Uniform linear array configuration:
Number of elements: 16
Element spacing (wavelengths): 0.25
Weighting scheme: binomial
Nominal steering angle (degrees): -15
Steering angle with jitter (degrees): -13.891
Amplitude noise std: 0.05
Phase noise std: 0.05

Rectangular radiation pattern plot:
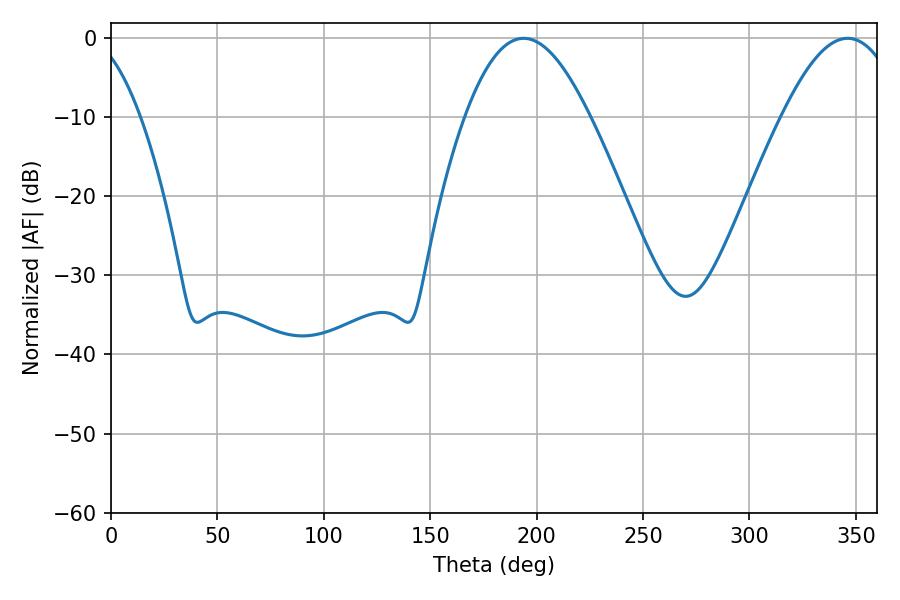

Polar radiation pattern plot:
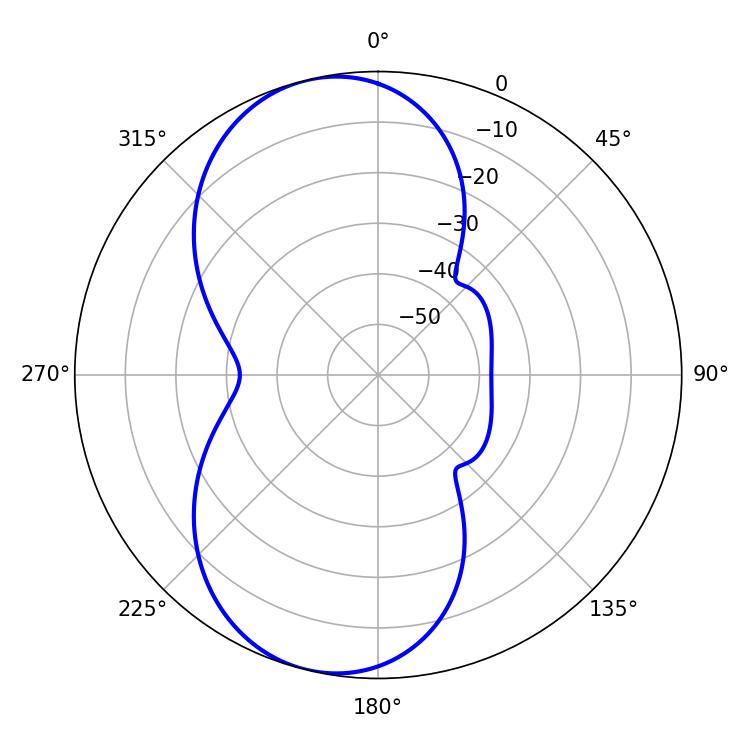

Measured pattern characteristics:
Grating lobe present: FALSE
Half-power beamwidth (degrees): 31.68
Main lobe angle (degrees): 193.86